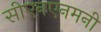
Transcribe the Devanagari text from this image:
सीएनएनमनी